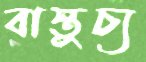
বাস্তুচ্য